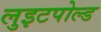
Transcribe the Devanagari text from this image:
लुइटपोल्ड